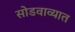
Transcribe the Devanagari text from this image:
सोडवाव्यात